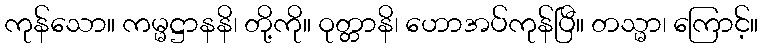
ကုန်သော။ ကမ္မဋ္ဌာနနိ၊ တို့ကို။ ဝုတ္တာနိ၊ ဟောအပ်ကုန်ပြီ။ တသ္မာ၊ ကြောင့်။